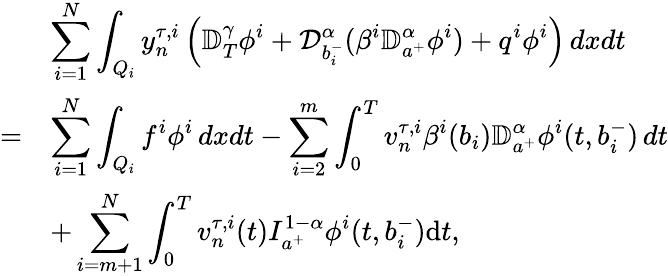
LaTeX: \begin{array}{ll}&{\displaystyle\sum_{i=1}^{N}\displaystyle\int_{Q_{i}}y_{n}^{\tau,i}\left({\mathbb D}_{T}^{\gamma}\phi^{i}+{\mathcal D}_{b_{i}^{-}}^{\alpha}(\beta^{i}{\mathbb D}_{a^{+}}^{\alpha}\phi^{i})+q^{i}\phi^{i}\right)\, dxdt}\\ {=}&{\displaystyle\sum_{i=1}^{N}\int_{Q_{i}}f^{i}\phi^{i}\, dxdt-\sum_{i=2}^{m}\int_{0}^{T}v_{n}^{\tau,i}\beta^{i}(b_{i}){\mathbb D}_{a^{+}}^{\alpha}\phi^{i}(t,b_{i}^{-})\, dt}\\ &{\displaystyle+\sum_{i=m+1}^{N}\int_{0}^{T}v_{n}^{\tau,i}(t)I_{a^{+}}^{1-\alpha}\phi^{i}(t,b_{i}^{-})\mathrm{d}t,}\end{array}